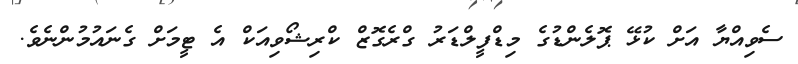
ސެވިއްޔާ އަށް ކުޅޭ ޕޮލެންޑުގެ މިޑްފީލްޑަރު ގްރެގޮޒް ކްރިޝޯވިއަކް އެ ޓީމަށް ގެނައުމުންނެވެ.